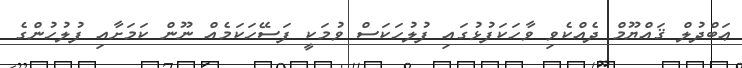
ޢަބްދުލް ޤައްޔޫމް ދެއްކެވި ވާހަކަފުޅުގައި ފުލުހަކަސް ވުމަކީ ފަސޭހަކަމެއް ނޫން ކަމަށާއި ފުލުހުންގެ